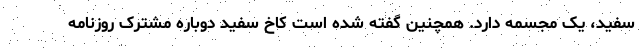
سفید، یک مجسمه دارد. همچنین گفته شده است کاخ سفید دوباره مشترک روزنامه